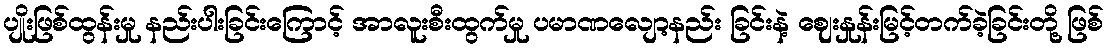
ပျိုးဖြစ်ထွန်းမှု နည်းပါးခြင်းကြောင့် အာလူးစီးထွက်မှု ပမာဏလျော့နည်း ခြင်းနဲ့ ဈေးနှုန်းမြင့်တက်ခဲ့ခြင်းတို့ ဖြစ်